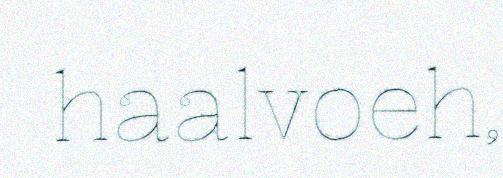
haalvoeh,